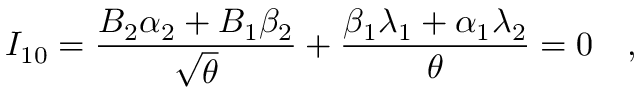
I _ { 1 0 } = { \frac { B _ { 2 } \alpha _ { 2 } + B _ { 1 } \beta _ { 2 } } { \sqrt { \theta } } } + { \frac { \beta _ { 1 } \lambda _ { 1 } + \alpha _ { 1 } \lambda _ { 2 } } { \theta } } = 0 \quad ,